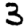
Digit: 3